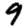
Digit: 9